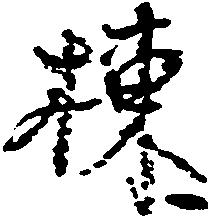
棟